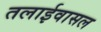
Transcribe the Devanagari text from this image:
तलाईवासल